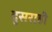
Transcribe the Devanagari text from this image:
दुसराही